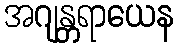
အဂျန္တရာယေန